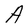
Character: A